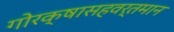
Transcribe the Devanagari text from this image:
गोरक्षासहवर्तमान